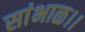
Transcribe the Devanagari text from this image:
सांभाळ।।